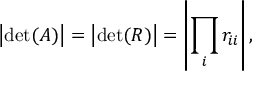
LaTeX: \left| \operatorname* { d e t } ( A ) \right| = \left| \operatorname* { d e t } ( R ) \right| = \left| \prod _ { i } r _ { i i } \right| ,